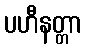
ပဟီနတ္တာ